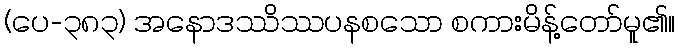
(ပေ-၃၈၃) အနောဒဿိဿပနစသော စကားမိန့်တော်မူ၏။